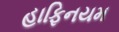
હાફિનયમ